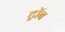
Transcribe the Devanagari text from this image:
ट्रॉब